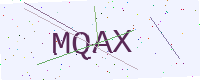
Text: MQAX